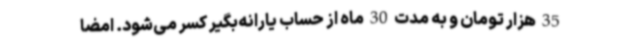
35 هزار تومان و به مدت 30 ماه از حساب یارانه‌بگیر کسر می‌شود. امضا